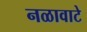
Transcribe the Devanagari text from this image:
नळावाटे